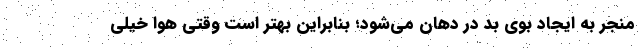
منجر به ایجاد بوی بد در دهان می‌شود؛ بنابراین بهتر است وقتی هوا خیلی